Mental hospitals Bombay report 1929-33 - 1929-1933
Year: 1929
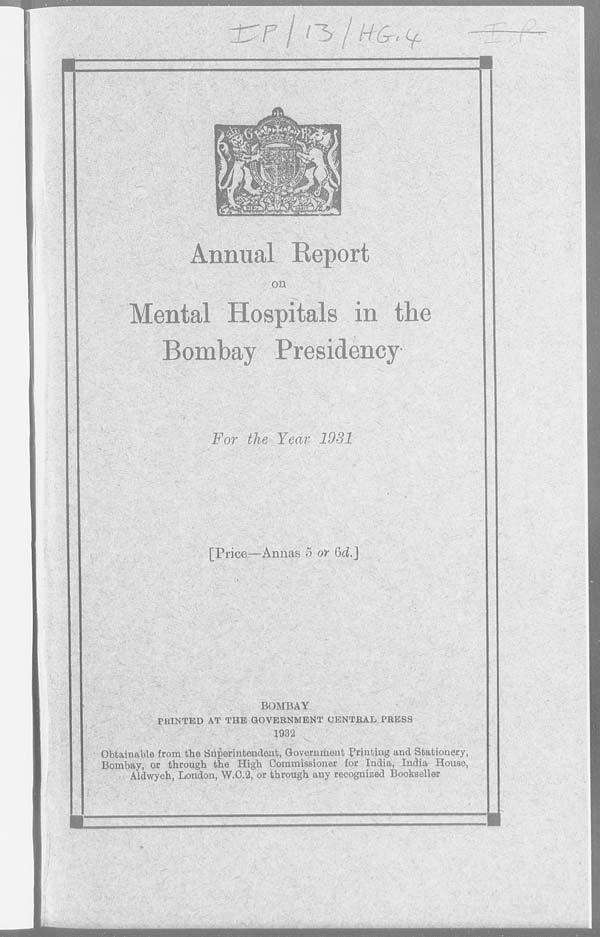
Annual Report
on
Mental Hospitals in the
Bombay Presidency
For the Year 1931
[Price—Annas 5 or 6d.]
BOMBAY
PRINTED AT THE GOVERNMENT CENTRAL PRESS
1932
Obtainable from the Superintendent, Government Printing and Stationery,
Bombay, or through the High Commissioner for India, India House,
Aldwych, London, W.C.2, or through any recognized Bookseller